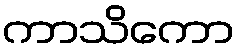
ကာသိကော